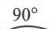
$90^{\circ}$